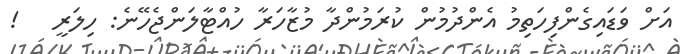
އަށް ވަޑައިގެންފިހަތިމު އެންދުމުން ކުރަމުންދާ މުޒާހަރާ ހުއްޓާލަންޖެހޭނެ: ހިލަރީ   !